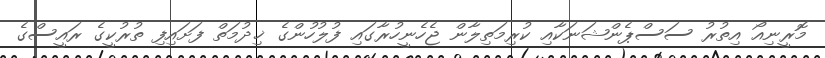
މޮރީނިއޯ އިތުރު ސަސްޕެންޝަނަކާއި ކުރިމަތިލާން ޖެހެނީހުރާގައި ފުލުހުންގެ ޚިދުމަތް ފަށައިފި ތުރުކީގެ ރައީސްގެ